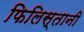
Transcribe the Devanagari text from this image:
फिलिस्तानी